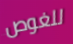
للغوص